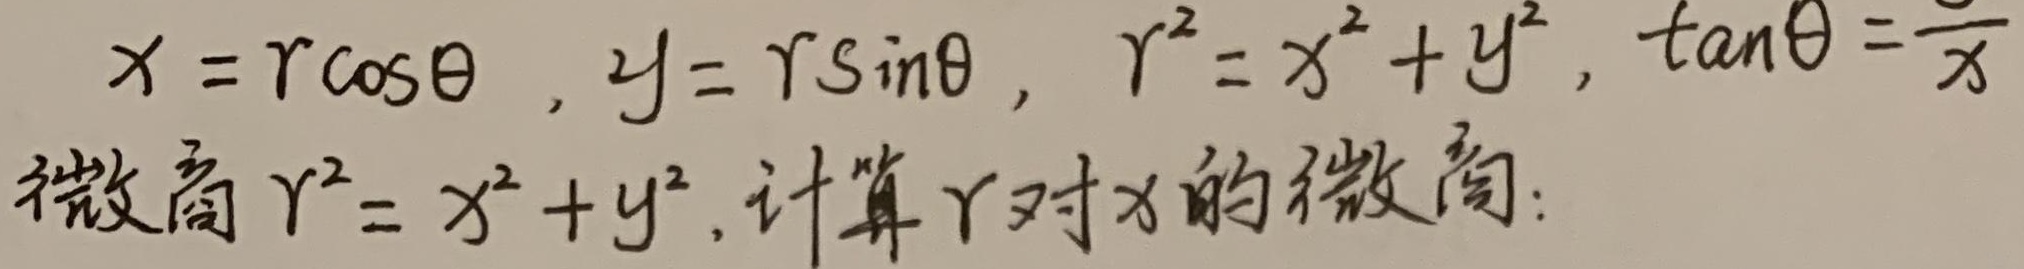
已知\(x = r\cos\theta\)，\(y = r\sin\theta\)，\(r^{2} = x^{2} + y^{2}\)，\(\tan\theta =\frac{y}{x}\)。

微商\(r^{2}= x^{2} + y^{2}\)，计算\(r\)对\(x\)的微商：